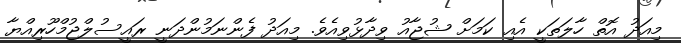
މިއަދު އޮތް ހާލަތަކީ އެއި ކަމަށް ޝުޖާއު ވިދާޅުވިއެވެ. މިއަދު ފެންނަމުންދަނީ ރައީސުލްޖުމްހޫރިއްޔާ